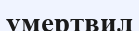
умертвил